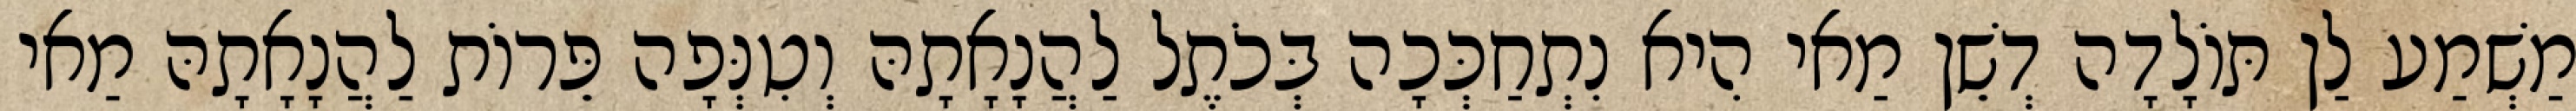
מַשְׁמַע לַן תּוֹלָדָה דְשֵׁן מַאי הִיא נִתְחַכְּכָה בְּכֹתֶל לַהֲנָאָתָהּ וְטִנְּפָה פֵּרוֹת לַהֲנָאָתָהּ מַאי